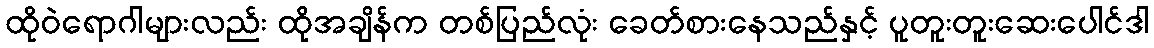
ထိုဝဲရောဂါများလည်း ထိုအချိန်က တစ်ပြည်လုံး ခေတ်စားနေသည်နှင့် ပူတူးတူးဆေးပေါင်ဒါ